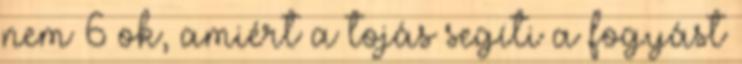
nem 6 ok, amiért a tojás segíti a fogyást